Report of the Bombay Plague Committee
Disease focus: Plague
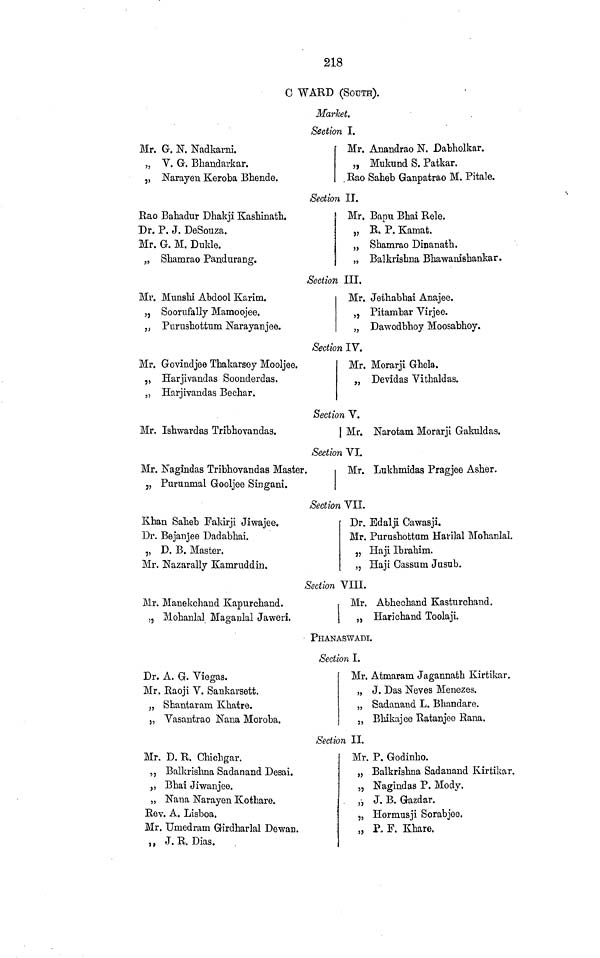
218
0 WARD (SOUTH).
Market.
Section I.
Mr. G. N. Nadkarni.
„ Y. G. Bhandarkar.
,, Narayen Keroba Bhende.
Mr. Anandrao N. Dabholkar.
„ Mukund S. Patkar.
Rao Saheb Ganpatrao M. Pitale.
Section II.
Rao Bahadur Dhakji Kashinath.
Dr. P. J. DeSouza.
Mr. G. M. Dukle.
„ Shamrao Pandurang.
Mr. Bapu Bhai Rele.
„ R. P. Kamat.
„ Shamrao Dinanath.
„ Balkrishna Bhawanishankar.
Section III.
Mr. Munshi Abdool Karim.
,, Soorufally Mamoojee.
„ Purnshotfrum Narayanjee.
Mr. Jeihabhai Anajee.
„ Pitambar Virjee.
„ Dawodbhoy Moosabhoy.
Section IV.
Mr. Govindjee Thakarsey Mooljee.
„ Harjivandas Soonderdas.
„ Harjivandas Bechar.
Mr. Morarji Ghela.
„ Devidas Vithaldas.
Section V.
Mr. Ishwardas Tribhovandas.
j Mr. Narotam Morarji Gakuldas.
Section VI.
Mr. Nagindas Tribhovandas Master.
3 , Purunmal Gooljee Singani.
Mr. Lukhmidas Pragjee Asher.
Section VII.
Khan Saheb Fakirji Jiwajee.
Dr. Bejanjee Dadabhai.
„ D. B. Master.
Mr. Nazarally Kamruddin.
Dr. Edalji Cawasji.
Mr. Purushottam Harilal Mohanlal.
„ Haji Ibrahim.
,, Haji Gassum Jusub.
Section VIII.
Mr. Manekchand Kapurchand.
, 5 Mohanlal Maganlal Jaweri.
Mr. Abheohand Kasturchand.
„ Harichand Toolaji.
PHANASWADI.
Section I.
Dr. A. G. Viegas.
Mr. Raoji V. Sankarsett.
„ Shantaram Khatre.
„ Vasantrao Nana Moroba.
Mr. Atmaram Jagannath Kirtikar.
„ J. Das Neves Menezes.
„ Sadanaud L. Bhandare.
„ Bhikajee Ratanjee Rana.
Section II.
Mr. D. R. Chichgar.
,, Balkrislma Sadanand Desai.
,, Bhai Jiwanjee.
„ Nana Narayen Kothare.
Rev. A. Lisboa.
Mr. Umedram Girdharlal Dewan.
, , J. R. Dias.
Mr. P. Godinho.
„ Balkrishna Sadanand Kirtikar.
„ Nagindas P. Mody.
,•, J. B. Gazdar.
„ Hormusji Sorabjee.
„ P* F. Khare.